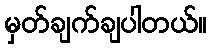
မှတ်ချက်ချပါတယ်။